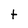
Character: t